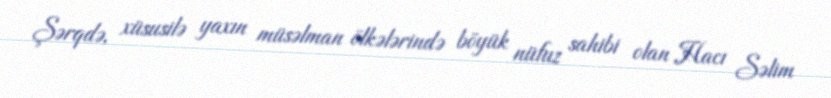
Şərqdə, xüsusilə yaxın müsəlman ölkələrində böyük nüfuz sahibi olan Hacı Səlim